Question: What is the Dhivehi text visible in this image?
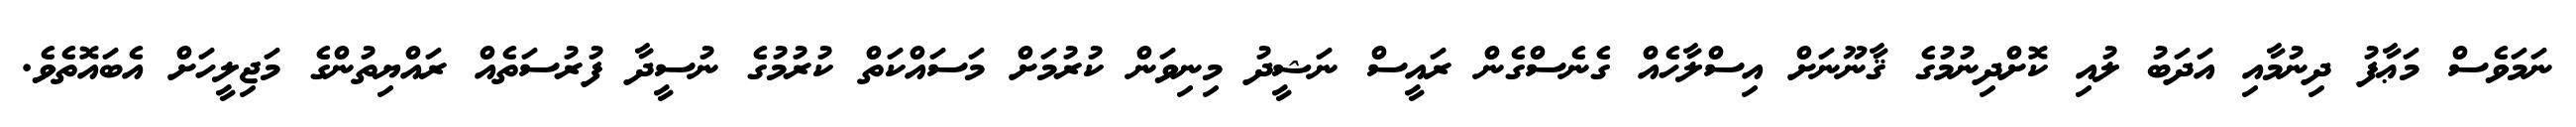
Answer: ނަމަވެސް މަޢާފު ދިނުމާއި އަދަބު ލުއި ކޮށްދިނުމުގެ ޤާނޫނަށް އިސްލާހެއް ގެނެސްގެން ރައީސް ނަޝީދު މިނިވަން ކުރުމަށް މަސައްކަތް ކުރުމުގެ ނުސީދާ ފުރުސަތެއް ރައްޔިތުންގެ މަޖިލީހަށް އެބައޮތެވެ.